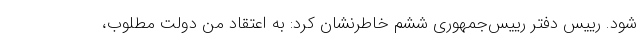
شود. رییس دفتر رییس‌جمهوری ششم خاطرنشان کرد: به اعتقاد من دولت مطلوب،